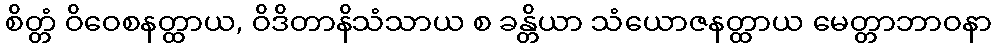
စိတ္တံ ဝိဝေစနတ္ထာယ, ဝိဒိတာနိသံသာယ စ ခန္တိယာ သံယောဇနတ္ထာယ မေတ္တာဘာဝနာ